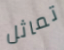
تماثل